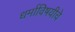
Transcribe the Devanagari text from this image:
धर्माविषयीचे